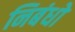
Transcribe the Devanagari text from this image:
निबंधो